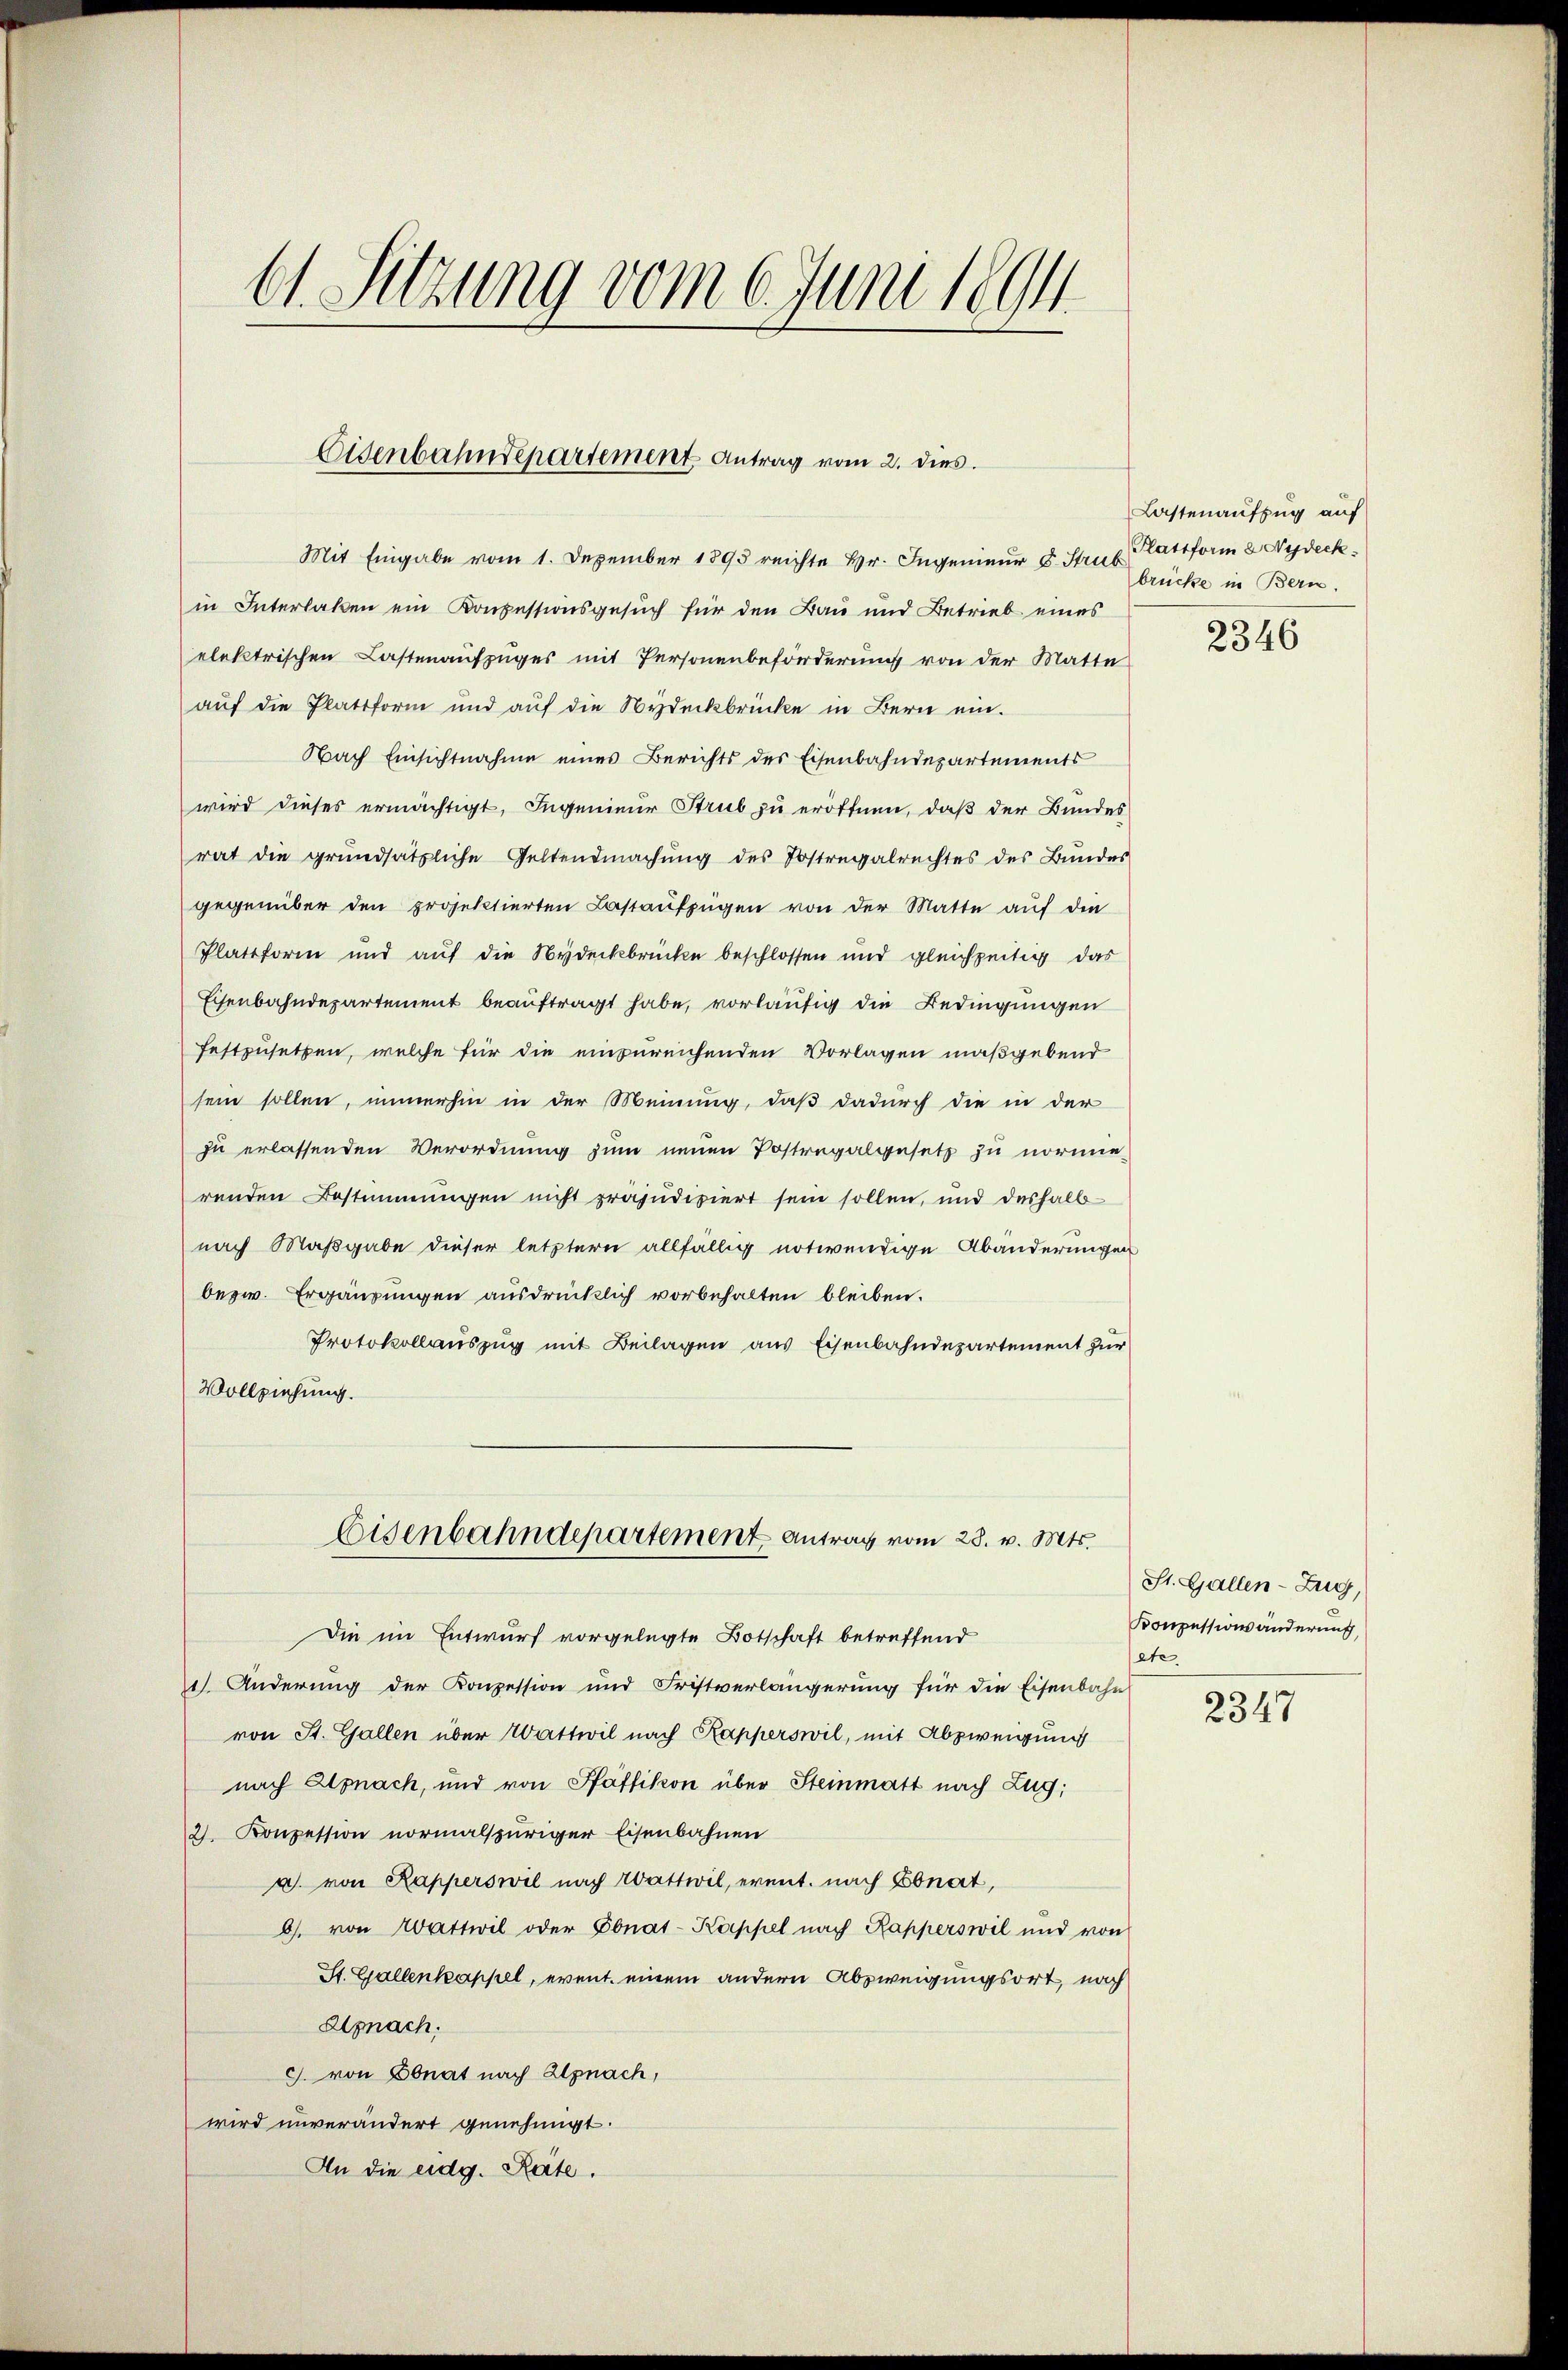
61. Sitzung vom 6. Juni 1894.

Eisenbahndepartement Antrag vom 2. dies

Mit Eingabe vom 1. Dezember 1893 reichte Hr. Ingenieur d. Struv Plattform & Nydeck
in Interlaßen ein Konzessionsgesuch für den Bau und Betrieb eines
elektrischen Lastenaufzuges mit Personenbeförderung von der Matte
auf die Plattform und auf die Nydeckbrücke in Bern ein.
Nach Einsichtnahme eines Berichts des Eisenbahndepartements
wird dieses ermächtigt, Ingenieur Strub zu eröffnen, daß der Bundes
rat die grundsätzliche Geltendmachung des Postregalrechtes des Bundes
gegenüber den projektierten Bastaŭfzügen von der Matte aŭf die
Plattform und aŭf die Nydeckbrücke beschlossen und gleichzeitig das
Eisenbahndepartement beauftragt habe, vorläufig die Bedingungen
festzusetzen, welche für die einzureichenden Vorlagen maßgebend
sein sollen, immerhin in der Meinung, daß dadurch die in der
zu erlassenden Verordnung zum neuen Postregalgesetz zu normierenden Bestimmungen nicht präjudiziert sein sollen, und deshalb-
nach Maßgabe dieser letztern allfällig notwendige Abänderungen
bezw. Ergänzungen ausdrücklich vorbehalten bleiben.
Protokollauszug mit Beilagen aus Eisenbahndepartement zur
Vollziehung.

Die im Entwurf vorgelegte Botschaft betreffend
1). Änderung der Konzession und Fristverlängerung für die Eisenbahn
von St. Gallen über Wattwil nach Kapperswil, mit Abzweigung
nach Alpnach, und von Pfäffikon über Steinmatt nach Zug,
2. Konzession normalspuriger Eisenbahnen
a. von Kapperswil nach Wattwil, event. nach Ebnat,
b. von Wattwil oder Ebnat-Kappel nach Rapperswil und von
St. Gallenkappel, event einem andern Abzweigungsort, nach
Apnach.
c. von Ebnat nach Anach,
wird unverändert genehmigt.
An die eidg. Räte.

Eisenbahndepartement Antrag vom 28. v. Mts.

Lastenaufzug auf
brücke in Bern.

2346

St. Gallen-Zug,
Konpessionsänderung,
ete.

2347